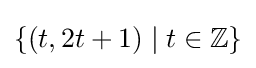
\{(t,2t+1)\mid t\in \mathbb {Z} \}